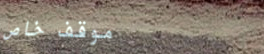
موقف خاص